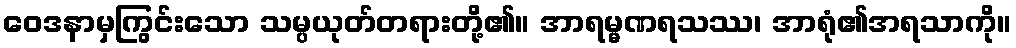
ဝေဒနာမှကြွင်းသော သမ္ပယုတ်တရားတို့၏။ အာရမ္မဏရသဿ၊ အာရုံ၏အရသာကို။